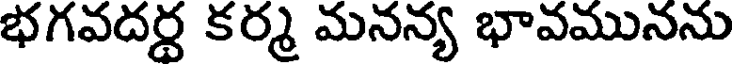
భగవదర్ధ కర్మ మనన్య భావమునను